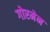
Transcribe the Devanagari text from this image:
गोरमेन